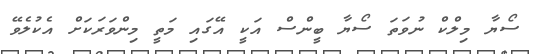
ސޯޔާ މިލްކް ނުވަތަ ސޯޔާ ބީންސް އަކީ އޭގައި މަތީ މިންވަރަކަށް އެކުލެވޭ